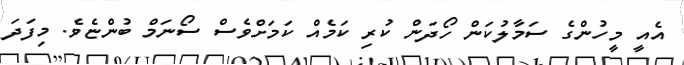
އެއީ މީހުންގެ ސަމާލުކަން ހޯދަން ކުރި ކަމެއް ކަމަށްވެސް ސޯނަމް ބުންޏެވެ. މިފަދަ